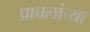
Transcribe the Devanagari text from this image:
प्राचलांच्या